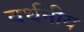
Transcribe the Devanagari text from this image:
वर्धनीय